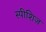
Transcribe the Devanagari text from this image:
स्पीशिज़